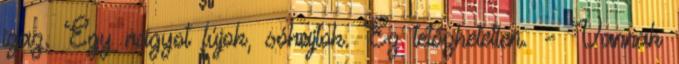
igaz. Egy nagyot fújok, sóhajtok. Ez tetőzhetetlen. – Vannak